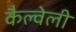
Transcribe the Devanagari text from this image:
कैल्वेली